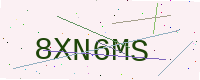
Text: 8XN6MS